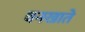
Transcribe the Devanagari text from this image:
वनखाते